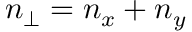
n _ { \bot } = n _ { x } + n _ { y }